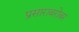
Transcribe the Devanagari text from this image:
प्रसाराबरोबर